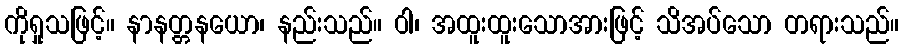
ကိုရှုသဖြင့်။ နာနတ္တနယော၊ နည်းသည်။ ဝါ၊ အထူးထူးသောအားဖြင့် သိအပ်သော တရားသည်။